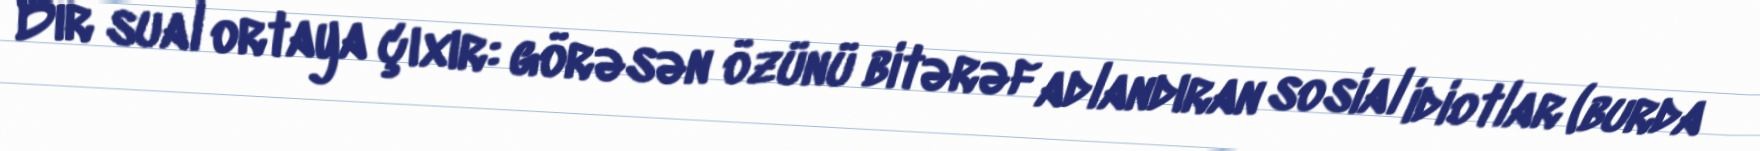
Bir sual ortaya çıxır: görəsən özünü bitərəf adlandıran sosial idiotlar (burda